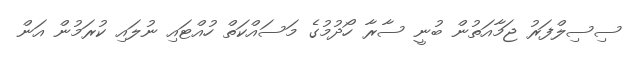
ސިސިލްފަރު ޖަމާއަތުން ބުނީ ސާރާ ހޯދުމުގެ މަސައްކަތް ހުއްޓައި ނުލައި ކުރަމުން އަން